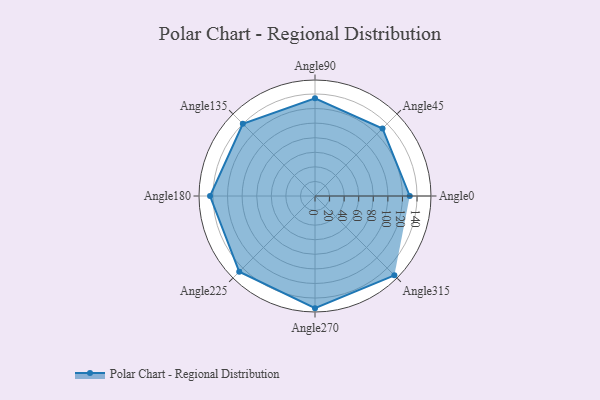
{"axis": {"x": "Angle", "y": "Radius"}, "legend": [""], "data": [{"x": "Angle0", "y": 130.0, "type": ""}, {"x": "Angle45", "y": 131.0, "type": ""}, {"x": "Angle90", "y": 134.0, "type": ""}, {"x": "Angle135", "y": 140.0, "type": ""}, {"x": "Angle180", "y": 144.0, "type": ""}, {"x": "Angle225", "y": 147.0, "type": ""}, {"x": "Angle270", "y": 154.0, "type": ""}, {"x": "Angle315", "y": 154.0, "type": ""}]}